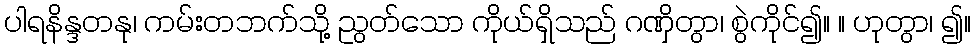
ပါရနိန္ဒတနု၊ ကမ်းတဘက်သို့ ညွတ်သော ကိုယ်ရှိသည် ဂဏှိတွာ၊ စွဲကိုင်၍။ ။ ဟုတွာ၊ ၍။